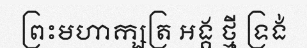
ព្រះមហាក្សត្រ អង្គ ថ្មី ទ្រង់